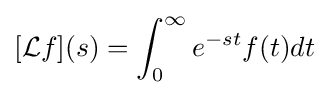
[{\mathcal {L}}f](s)=\int _{0}^{\infty }e^{-st}f(t)dt